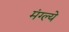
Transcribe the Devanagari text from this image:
मंग्ल्ये